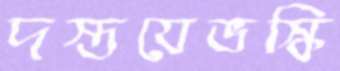
দস্তয়েভস্কি